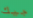
جيك